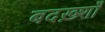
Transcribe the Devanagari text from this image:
बदख़्शाँ